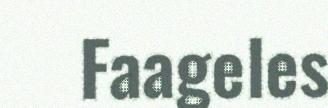
Faageles